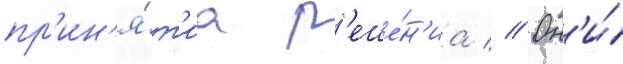
пр'ин'я́т'иа р'еше́н'иа // Он'и́